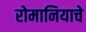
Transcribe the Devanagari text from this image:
रोमानियाचे